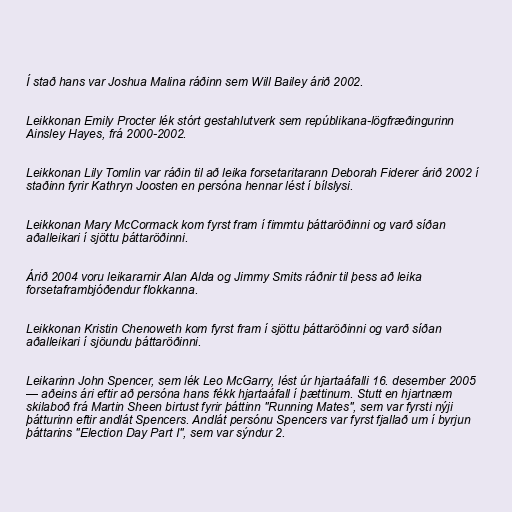
Í stað hans var Joshua Malina ráðinn sem Will Bailey árið 2002.

Leikkonan Emily Procter lék stórt gestahlutverk sem repúblikana-lögfræðingurinn
Ainsley Hayes, frá 2000-2002.

Leikkonan Lily Tomlin var ráðin til að leika forsetaritarann Deborah Fiderer árið 2002 í
staðinn fyrir Kathryn Joosten en persóna hennar lést í bílslysi.

Leikkonan Mary McCormack kom fyrst fram í fimmtu þáttaröðinni og varð síðan
aðalleikari í sjöttu þáttaröðinni.

Árið 2004 voru leikararnir Alan Alda og Jimmy Smits ráðnir til þess að leika
forsetaframbjóðendur flokkanna.

Leikkonan Kristin Chenoweth kom fyrst fram í sjöttu þáttaröðinni og varð síðan
aðalleikari í sjöundu þáttaröðinni.

Leikarinn John Spencer, sem lék Leo McGarry, lést úr hjartaáfalli 16. desember 2005
— aðeins ári eftir að persóna hans fékk hjartaáfall í þættinum. Stutt en hjartnæm
skilaboð frá Martin Sheen birtust fyrir þáttinn "Running Mates", sem var fyrsti nýji
þátturinn eftir andlát Spencers. Andlát persónu Spencers var fyrst fjallað um í byrjun
þáttarins "Election Day Part I", sem var sýndur 2.